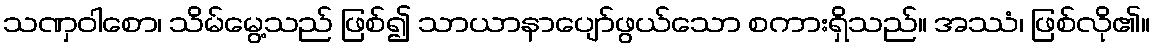
သဏှဝါစော၊ သိမ်မွေ့သည် ဖြစ်၍ သာယာနာပျော်ဖွယ်သော စကားရှိသည်။ အဿံ၊ ဖြစ်လို၏။